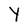
Character: Y